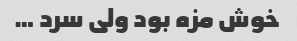
خوش مزه بود ولی سرد …